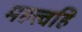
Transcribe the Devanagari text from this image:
महत्त्वहि